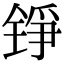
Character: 铮